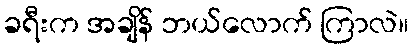
ခရီးက အချိန် ဘယ်လောက် ကြာလဲ။